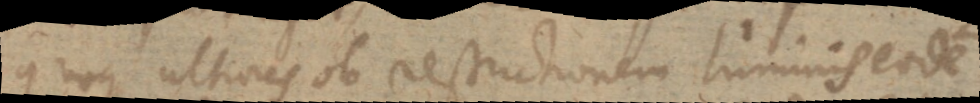
quoque ultiores ob restrictionem luminis eodem